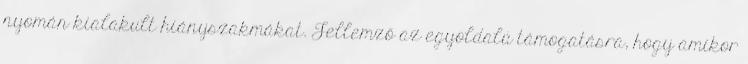
nyomán kialakult hiányszakmákat. Jellemző az egyoldalú támogatásra, hogy amikor